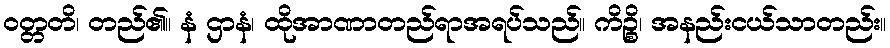
ဝတ္တတိ၊ တည်၏။ နံ ဌာနံ၊ ထိုအာဏာတည်ရာအရပ်သည်။ ကိဉ္စိ၊ အနည်းငယ်သာတည်း။